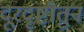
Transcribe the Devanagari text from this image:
दूरदृष्टीतुन